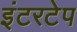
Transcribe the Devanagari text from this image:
इंटरटेप